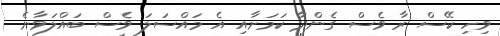
ވިހި ކޭސް ރާ ވެސް ގެންދާ ކަމަށާއި އެ މައްސަލަ ވެސް ބައްލަވާނެ